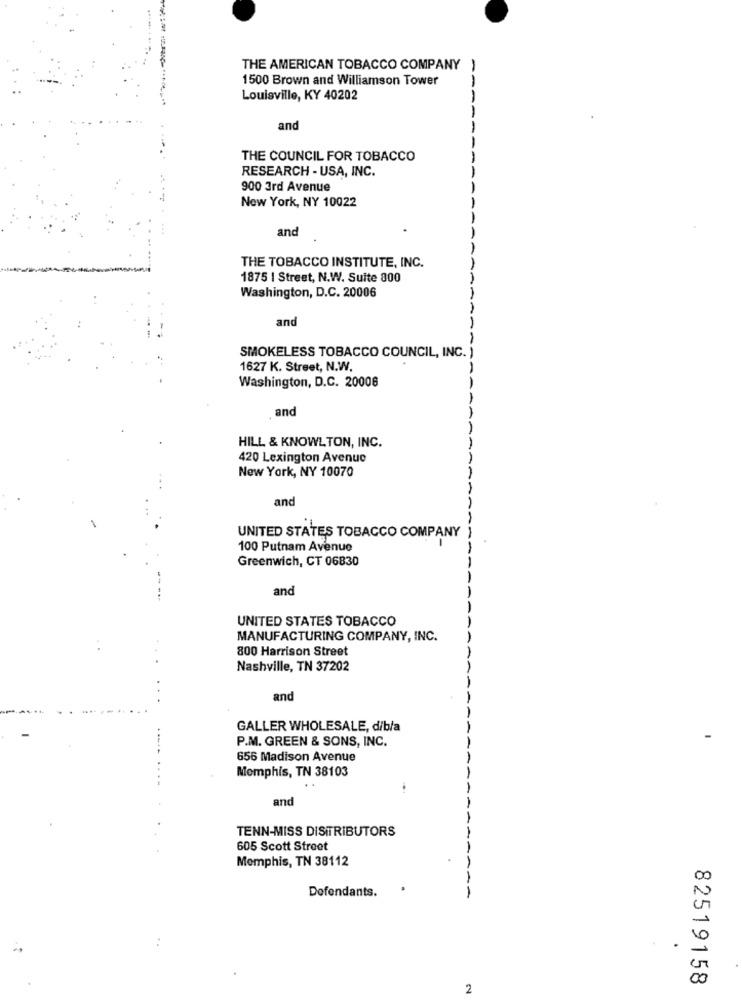
THE AMERICAN TOBACCO COMPANY
1500 Brown and Williamson Tower
Louisville, KY 40202
---
-
and
-
THE COUNCIL FOR TOBACCO
RESEARCH - USA, INC.
900 3rd Avenue
New York, NY 10022
and
THE TOBACCO INSTITUTE, INC.
1875 | Street, N.W. Suite 800
Washington, D.C. 20006
-
an
SMOKELESS TOBACCO COUNCIL, INC. )
1627 K. Street, N.W.
Washington, D.C. 20006
,and
HILL & KNOWLTON, INC.
420 Lexington Avenue
New York, NY 10070
and
-
UNITED STATES TOBACCO COMPANY
100 Putnam Avenue
Greenwich, CT 06830
and
UNITED STATES TOBACCO
MANUFACTURING COMPANY, INC.
800 Harrison Street
Nashville, TN 37202
and
GALLER WHOLESALE, dibla
P.M. GREEN & SONS, INC.
656 Madison Avenue
Memphis, TN 38103
and
TENN-MISS DISTRIBUTORS
605 Scott Street
Memphis, TN 38112
00
Defendants.
00
82519158
2